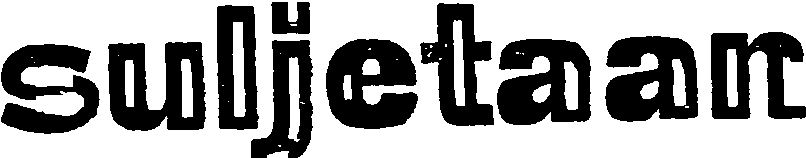
suljetaan